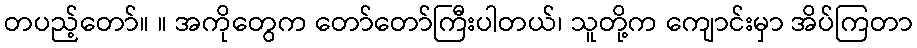
တပည့်တော်။ ။ အကိုတွေက တော်တော်ကြီးပါတယ်၊ သူတို့က ကျောင်းမှာ အိပ်ကြတာ